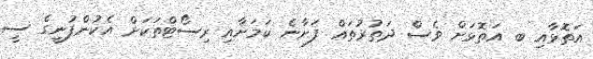
އަތޮޅާއި ބ އަތޮޅަށް ވެސް ދަތުރުތައް ފަށާނެ ކަމަށާއި ރިސޯޓްތަކަށް އެކުންފުނީގެ ސީ